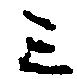
三